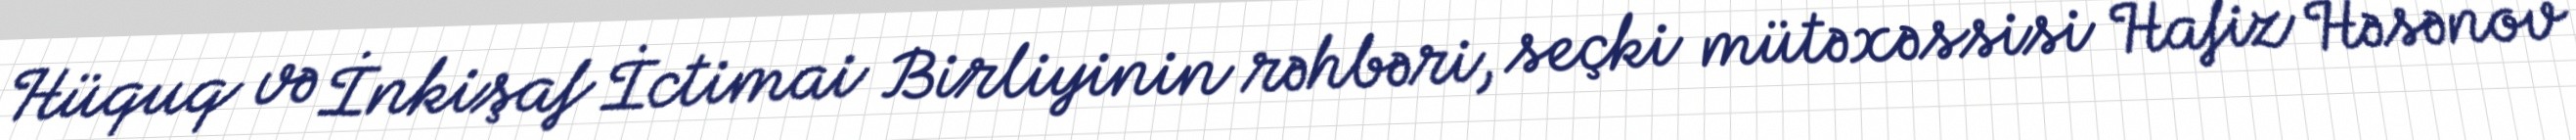
Hüquq və İnkişaf İctimai Birliyinin rəhbəri, seçki mütəxəssisi Hafiz Həsənov